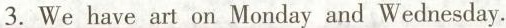
3.We have art on Monday and Wednesday.